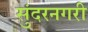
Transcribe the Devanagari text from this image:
सुंदरनगरी